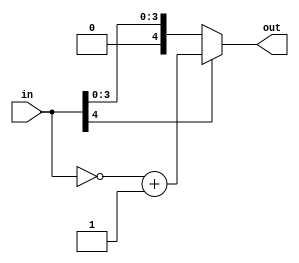
module tcsm_smtc(in, out);

parameter nob = 4;

input [nob:0] in;
output [nob:0] out;
wire [nob:0] in_c, tc;

assign in_c = ~in;
assign tc = in_c + 1;
assign out = in[4]? tc:in;

endmodule